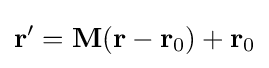
\mathbf {r} ^{\prime }=\mathbf {M} (\mathbf {r} -\mathbf {r} _{0})+\mathbf {r} _{0}